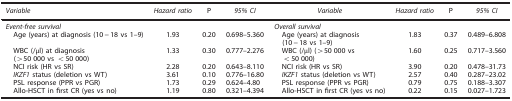
| Variable | Hazard ratio | P | 95% CI | Variable | Hazard ratio | P | 95% CI |
 | --- | --- | --- | --- | --- | --- | --- | --- |
 |  | <COLSPAN=4> Event-free survival | <COLSPAN=6> Overall survival |
 | Age (years) at diagnosis (10−18 vs 1–9) | 1.93 | 0.20 | 0.698–5.360 | Age (years) at diagnosis (10−18 vs 1–9) | 1.83 | 0.37 | 0.489–6.808 |  |  |  |
 | WBC (/μl) at diagnosis (>50 000 vs <50 000) | 1.33 | 0.30 | 0.777–2.276 | WBC (/μl) (>50 000 vs <50 000) | 1.60 | 0.25 | 0.717–3.560 |  |  |  |
 | NCI risk (HR vs SR) | 2.28 | 0.20 | 0.643–8.110 | NCI risk (HR vs SR) | 3.90 | 0.20 | 0.478–31.73 |  |  |  |
 | IKZF1 status (deletion vs WT) | 3.61 | 0.10 | 0.776–16.80 | IKZF1 status (deletion vs WT) | 2.57 | 0.40 | 0.287–23.02 |  |  |  |
 | PSL response (PPR vs PGR) | 1.73 | 0.29 | 0.624–4.80 | PSL response (PPR vs PGR) | 0.79 | 0.75 | 0.188–3.307 |  |  |  |
 | Allo-HSCT in first CR (yes vs no) | 1.19 | 0.80 | 0.321–4.394 | Allo-HSCT in first CR (yes vs no) | 0.22 | 0.15 | 0.027–1.723 |  |  |  |